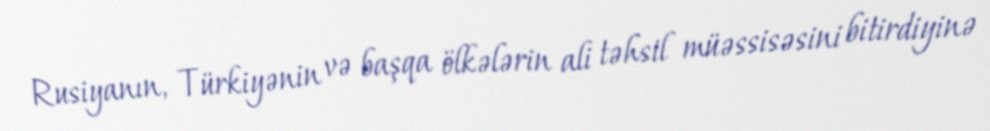
Rusiyanın, Türkiyənin və başqa ölkələrin ali təhsil müəssisəsini bitirdiyinə